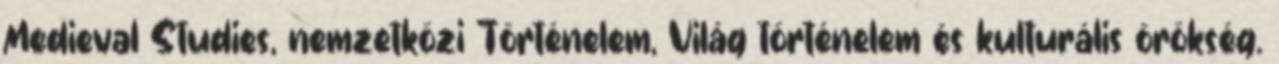
Medieval Studies, nemzetközi Történelem, Világ történelem és kulturális örökség.